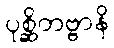
ပုစ္ဆိတဗ္ဗာနိ